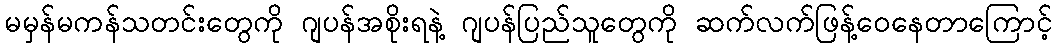
မမှန်မကန်သတင်းတွေကို ဂျပန်အစိုးရနဲ့ ဂျပန်ပြည်သူတွေကို ဆက်လက်ဖြန့်ဝေနေတာကြောင့်